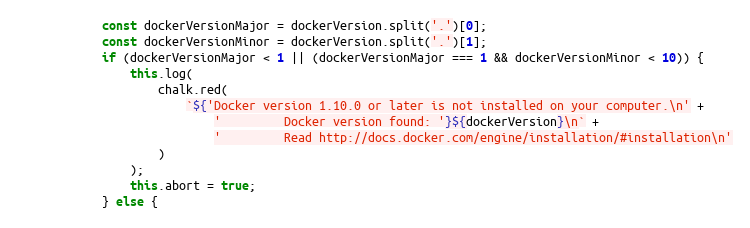
Language: JavaScript
            const dockerVersionMajor = dockerVersion.split('.')[0];
            const dockerVersionMinor = dockerVersion.split('.')[1];
            if (dockerVersionMajor < 1 || (dockerVersionMajor === 1 && dockerVersionMinor < 10)) {
                this.log(
                    chalk.red(
                        `${'Docker version 1.10.0 or later is not installed on your computer.\n' +
                            '         Docker version found: '}${dockerVersion}\n` +
                            '         Read http://docs.docker.com/engine/installation/#installation\n'
                    )
                );
                this.abort = true;
            } else {